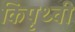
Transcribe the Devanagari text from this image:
किपृथ्वी